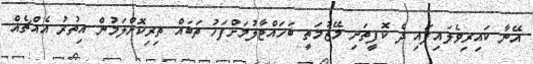
އޭނާ ކައިރިވެލައިފައި ދެ ކޮފީތަށި މޭޒުމަތީ ބަހައްޓާލުމަށްފަހު ތަބައް ތިރިކޮށްލަމުން އިތުރު އެއްޗެއް